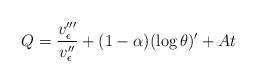
LaTeX: \begin{align*} Q = \frac{v_\epsilon'''}{v_\epsilon''} + (1-\alpha)(\log \theta)' + A t\end{align*}